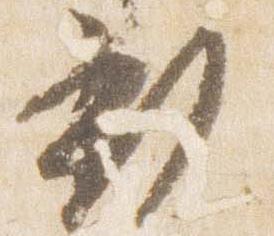
新